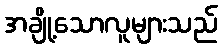
အချို့သောလူများသည်